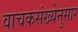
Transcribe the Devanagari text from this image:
वाचकसंख्येनुसार